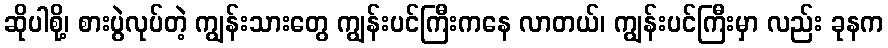
ဆိုပါစို့၊ စားပွဲလုပ်တဲ့ ကျွန်းသားတွေ ကျွန်းပင်ကြီးကနေ လာတယ်၊ ကျွန်းပင်ကြီးမှာ လည်း ခုနက